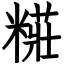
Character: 糚